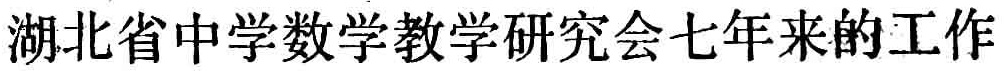
湖北省中学数学教学研究会七年来的工作